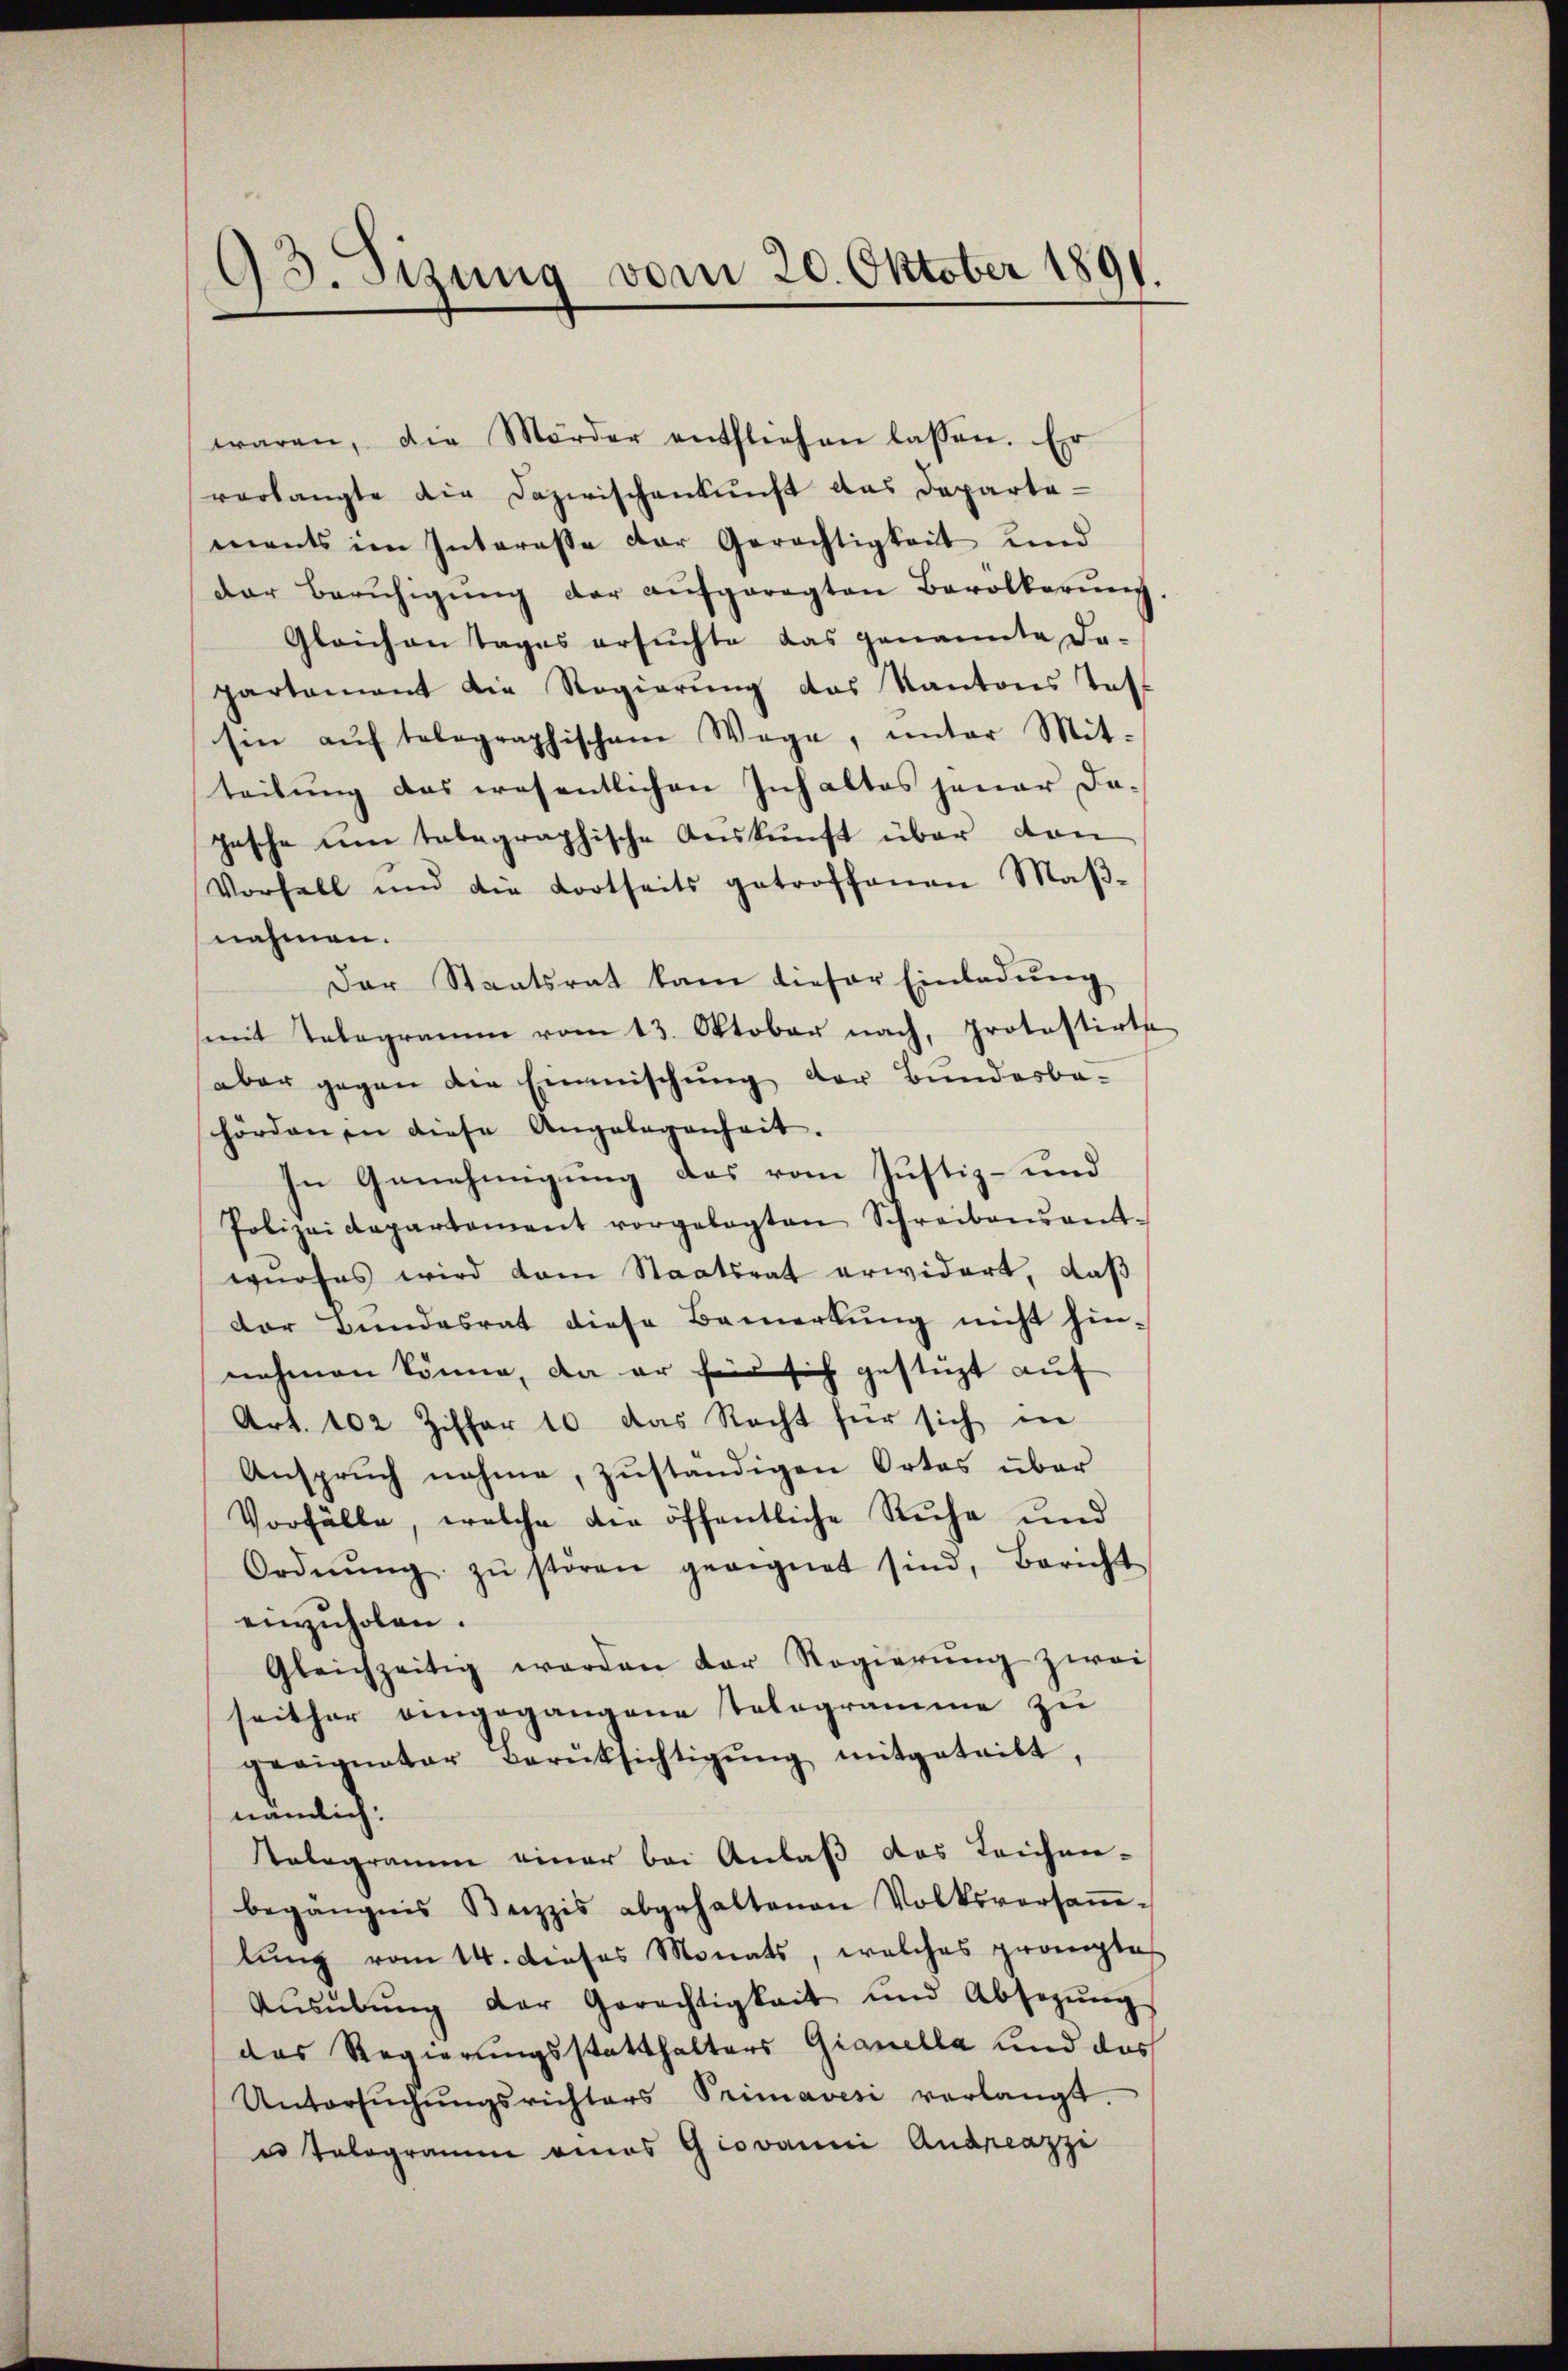
93. Sizung vom 20. Oktober 1891.

waren, die Mörder entfliehen lassen. Er
verlangte die Dazwischenkunft das Departa-
ments im Interesse der Gerichtigkeit und
der Berŭhigŭng der aŭfgeregten Bevölkerŭng
Gleichen Tages ersuchte das genannte Dopartement die Regierung das Kantons Taff
sin aŭf telegraphischem Wege, unter Mit-
teilŭng das wesentlichen Inhaltes jener da-
pesche um telegraphische Auskunft über den
Vorfall und die Kortseits getroffenen Maβ-
nahmen.
Der Staatsrat kam dieser Einladŭng
(mit Telegramm vom 13. Oktober nach, protestirte
aber gegen die Einmischung der Bundesbe-
hördenen diese Angelegenheit.
In Genehmigung das vom Justiz- und
Polizeidepartament vorgelegten Schreibensant-
wurfes wird dem Staatsrat erwidert, daß
der Bundesrat diese Bemerkung nicht hin-
nehmen könne, da er für sich gestüzt auf
Art. 102 Ziffer 10 das Recht für sich in
Ansprŭch nahme, zŭständigen Ortes über
Vorfälle, welche die öffentliche Ruhe und
Ordnŭng zŭ stören geeignet sind, Bericht
einzŭholen.
Gleichzeitig werden der Regierŭng zwei
seither eingegangene Telegramme zŭ
geeigneter Berüksichtigŭng mitgeteilt,
nämlich:
Telegramm einer bei Anlaβ das Leichen-
begängnis Beizzis abgehaltenen Volksversaṁ-
lŭng vom 14. dieses Monats, welches promptes
Aŭsübŭng der Gerechtigkeit und Absegŭng
das Regierungsstatthalters Gianella und das
Untersŭchŭngsrichters Primavesi verlangt.
u Tologramm eines Giovanni Andreazzi